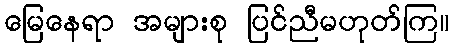
မြေနေရာ အများစု ပြင်ညီမဟုတ်ကြ။